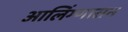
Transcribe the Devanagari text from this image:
आलिंग्णासन